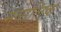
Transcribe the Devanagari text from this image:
मुबालिक